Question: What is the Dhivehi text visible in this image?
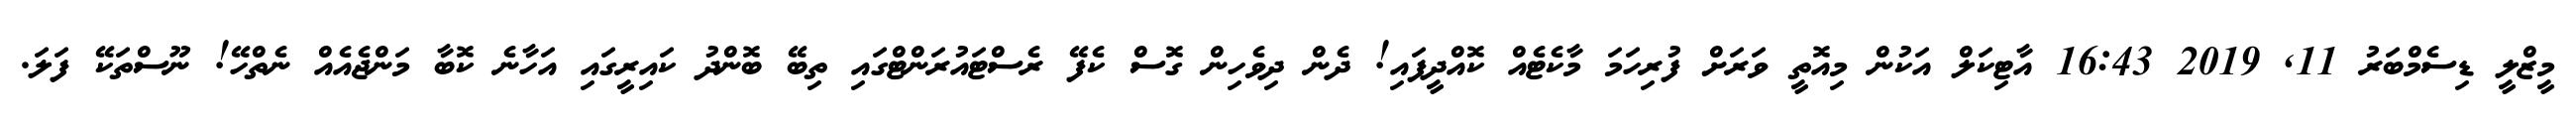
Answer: މީޒްލީ ޑިސެމްބަރު 11, 2019 16:43 އާޓިކަލް އަކުން މިއޮތީ ވަރަށް ފުރިހަމަ މާކެޓެއް ކޮއްދީފައި! ދެން ދިވެހިން ގޮސް ކެފޭ ރެސްޓައުރަންޓްގައި ތިބޭ ބޮންދު ކައިރީގައި އަހާނެ ކޮބާ މަންޖެއެއް ނެތްހޭ! ނޫސްތަކޭ ފަލަ.